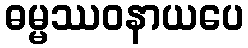
ဓမ္မဿဝနာယပေ